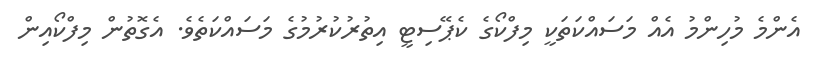
އެންމެ މުހިންމު އެއް މަސައްކަތަކީ މިފްކޯގެ ކެޕޭސިޓީ އިތުރުކުރުމުގެ މަސައްކަތެވެ. އެގޮތުން މިފްކޯއިން